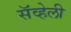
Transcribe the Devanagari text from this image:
सॅव्हेली